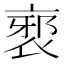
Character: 𲀯